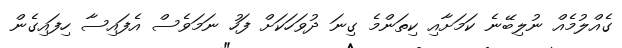
ގެއްލުމެއް ނުލިބޭނެ ކަމަށާއި ކިތަންމެ ގިނަ ދުވަހަކަށް ފަހު ނަމަވެސް އެފައިސާ ހިފައިގެން